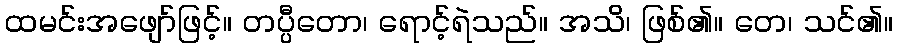
ထမင်းအဖျော်ဖြင့်။ တပ္ပီတော၊ ရောင့်ရဲသည်။ အသိ၊ ဖြစ်၏။ တေ၊ သင်၏။